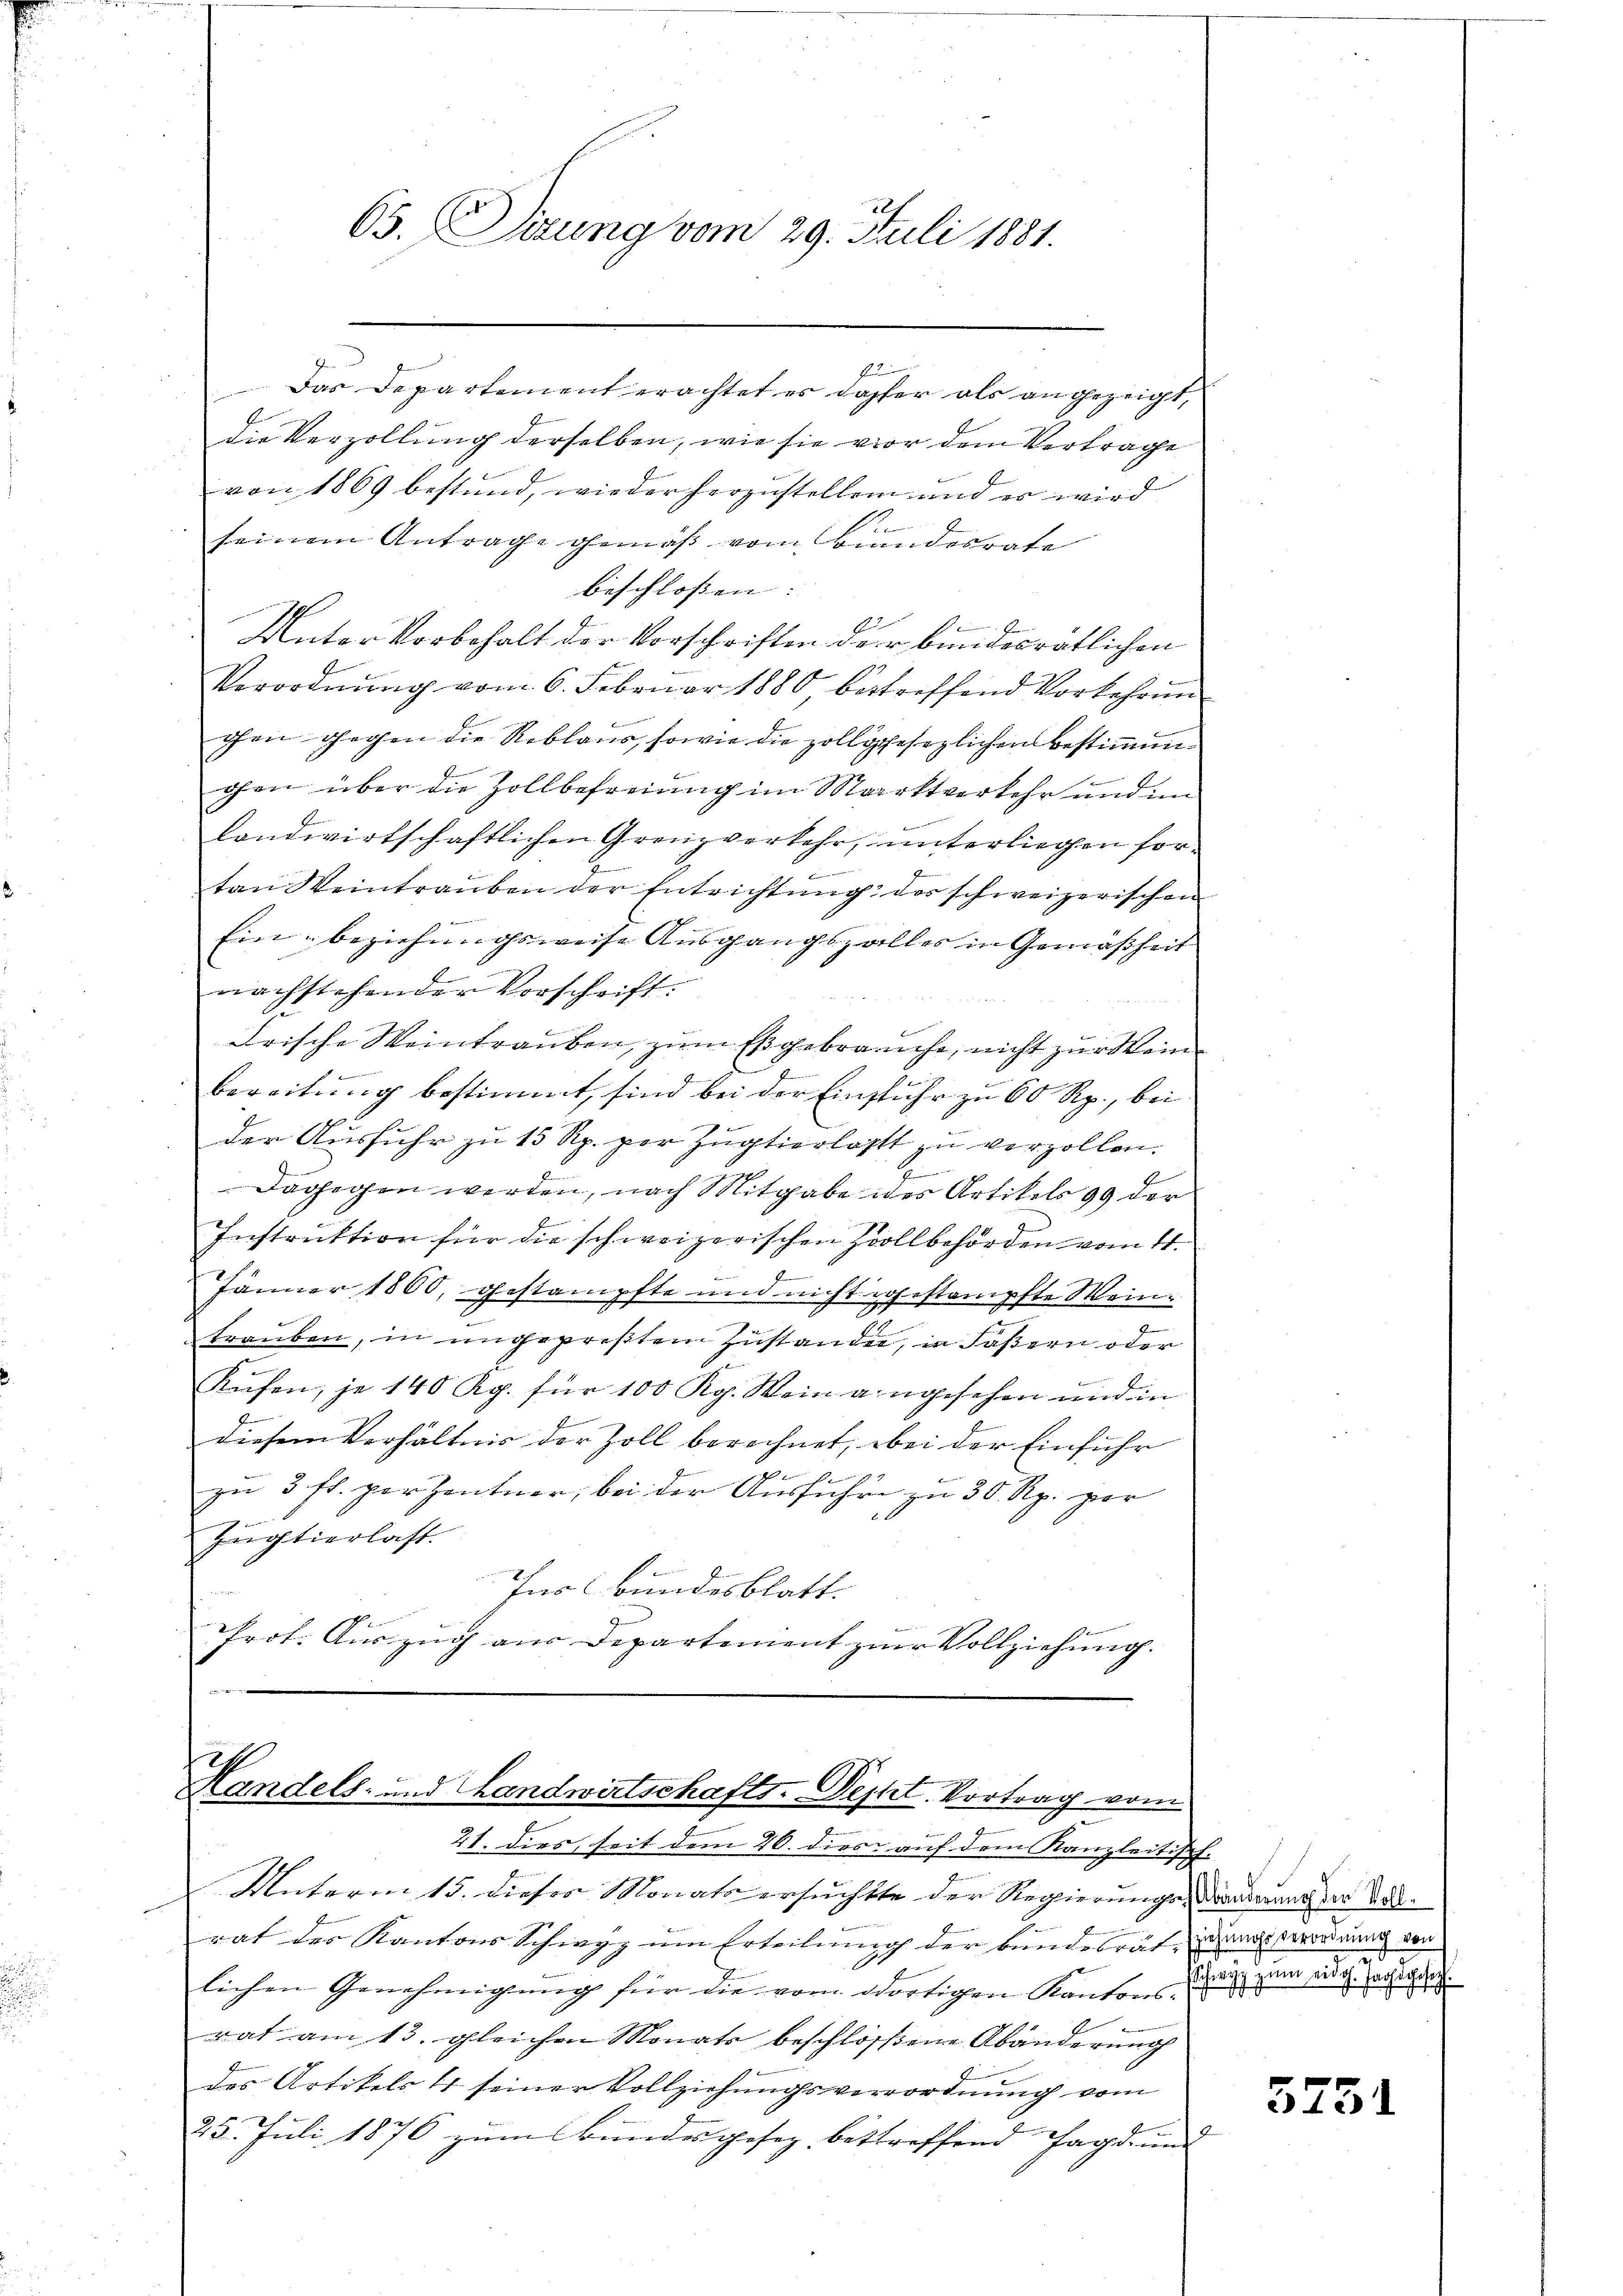
65. Dirung vom 29. Juli 1881.

1

h
Kandels- und Landwirtschafts-Depht. Vortrag vom

Das Departement erachtet es daher als angezeigt,
die Verzollung derselben, wie sie vor dem Vertrage
von 1869 bestand, wieder herzustellen und er wird
l
1
seinem Antrage gemäß vom Bundesrate
beschlossen: |
Unter Vorbehalt der Vorschriften der bundesrätlichen
Verordnung vom 6. Februar 1880, bestreffend Vorkehrung
ohen Gegen die Reblaus, sowie die zollggesezlichen Bestimmunchen über die Zollbefreiung im Marktverkehr und im
landwirtschaftlichen Grenzverkehr, unterliegen fore
tan Weintrauben der Entrichtung des schweizerischen
12
Ein beziehungsweise Ausgangszalles in Gemäßheit
nachstehender Vorschrift.
Frische Weintrauben, zum Es gebrauche, nicht zur Weinbereitung bestimmt, sind bei der Einsfuhr zu 60 Rp., bei
der Ausfuhr zu 15 Rp. per Zugtierlasst zu verzollen.
E
Dagegen werden, nach Mitgabe der Artikels 99 der
Instruktion für die schweizerischen Zollbehörden vom 4.
9
Jänner 1860, gestampfte und nicht rohestampfte Wein¬
.
trauben, in ungepreßtem Zustanden, in Fasern oder
Kufen, je 140 Rp. für 100 Kg. Wein angesehen und in
diesem Verhältnis der Zoll berechnet, bei der Einführ
zu 3 fl. per Zentner, bei der Ausführe zu 30 Rp. per
Jugtierlast
Inbundesblatt.
frot. Auszug aus Departement zur Vollziehung.

21. dies, seit dem 20. dies auf dem Kanzleitisch.
Unterm 15. dieses Monats ersuchtte der Regierungen, Banderung der Art.
rat der Kantons Schwyz um Erteilung der bundesrat, das Verordnung der
lichen Genehmigung für die vom dortigen Kantons aus zum eidg. Parten
rat am 13. gleichen Monats beschlossene Abänderung
des Artikels 4 seiner Vollziehungsverrordnung vom
25. Juli 1876 zum Bundesgesez betreffend Jagd un- |

5751